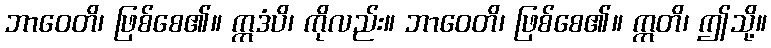
ဘာဝေတိ၊ ဖြစ်စေ၏။ ဣဒံပိ၊ ကိုလည်း။ ဘာဝေတိ၊ ဖြစ်စေ၏။ ဣတိ၊ ဤသို့။